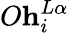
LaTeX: O\mathbf{h}_{i}^{L\alpha}